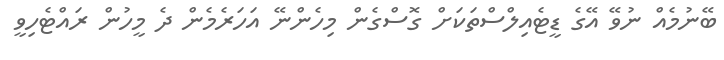
ބޭނުމެއް ނުވޭ އޭގެ ޑީޓެއިލްސްތަކަށް ގޮސްގެން މިހެންނޭ އަހަރެމެން ދެ މީހުން ރައްޓެހިވީ